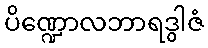
ပိဏ္ဍောလဘာရဒွါဇံ